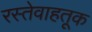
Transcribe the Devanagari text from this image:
रस्तेवाहतूक